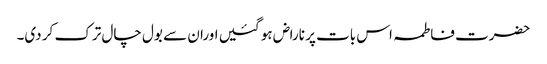
حضرت فاطمہ اس بات پر ناراض ہو گئیں اوران سے بول چال ترک کر دی۔